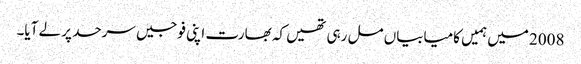
2008 میں ہمیں کامیابیاں مل رہی تھیں کہ بھارت اپنی فوجیں سرحد پر لے آیا۔